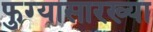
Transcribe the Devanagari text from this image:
फुग्यासारख्या